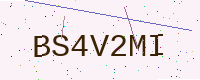
Text: BS4V2MI